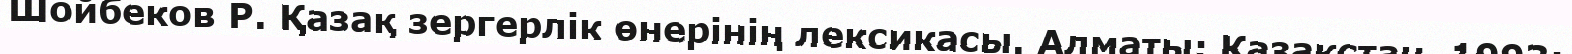
Шойбеков Р. Қазақ зергерлік өнерінің лексикасы. Алматы: Қазақстан, 1993;